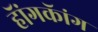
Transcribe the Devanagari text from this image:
हॅांगकॅांग